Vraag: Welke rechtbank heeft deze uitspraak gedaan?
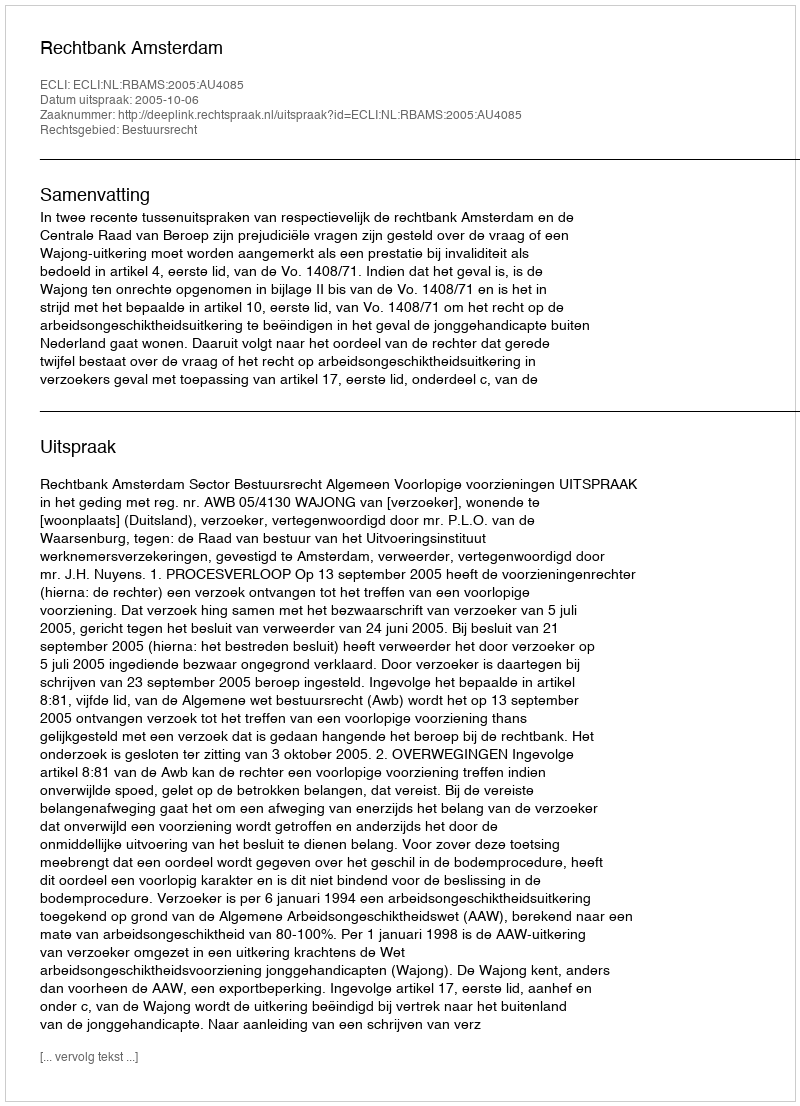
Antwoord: Rechtbank Amsterdam